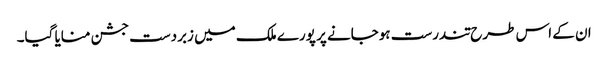
ان کے اس طرح تندرست ہوجانے پر پورے ملک میں زبردست جشن منایا گیا۔